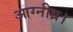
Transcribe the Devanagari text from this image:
आग्नीध्र।